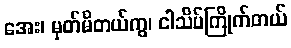
အေး၊ မှတ်မိတယ်ကွ၊ ငါသိပ်ကြိုက်တယ်